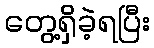
တွေ့ရှိခဲ့ရပြီး